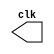
`timescale 1ns/1ps

module clkgen(output reg clk);
initial 
  clk = 0;
  
always begin
  # 10 clk = ~clk;
end  
endmodule